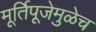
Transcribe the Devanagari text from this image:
मूर्तिपूजेमुळेच